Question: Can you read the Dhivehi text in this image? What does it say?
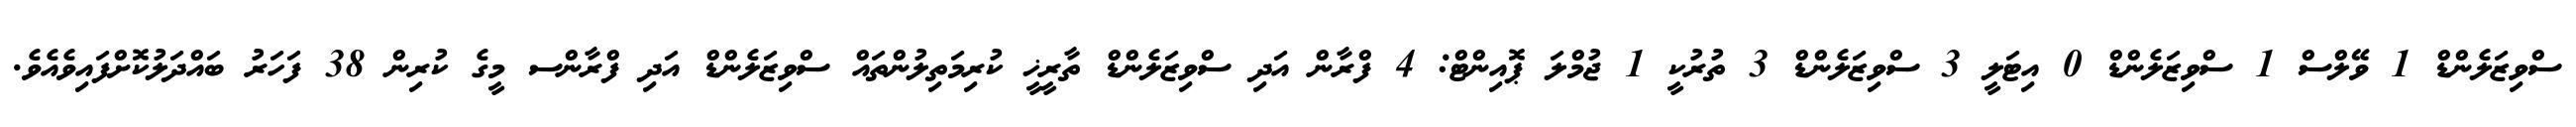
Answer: ސްވިޒަލެންޑް 1 ވޭލްސް 1 ސްވިޒަލެންޑް 0 އިޓަލީ 3 ސްވިޒަލެންޑް 3 ތުރުކީ 1 ޖުމްލަ ޕޮއިންޓް: 4 ފްރާން އަދި ސްވިޒަލެންޑް ތާރީޚީ ކުރިމަތިލުންތައް ސްވިޒަލެންޑް އަދި ފްރާންސ މީގެ ކުރިން 38 ފަހަރު ބައްދަލުކޮށްފައިވެއެވެ.